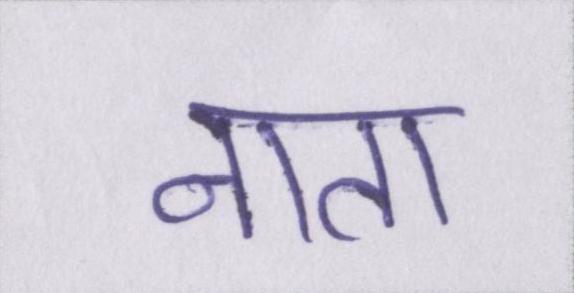
नाता